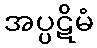
အပ္ပဋိမံ